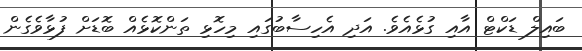
ބައިލް ޑަކްޓް އާއި ގުޅެއެވެ. އަދި އެހިސާބުގައި މިހޮޅި ތަންކޮޅެއް ބޮޑަށް ފުޅާވެގެން